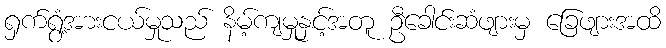
ရှက်ရွံ့အားငယ်မှုသည် နိမ့်ကျမှုနှင့်အတူ ဦခေါင်းဆံဖျားမှ ခြေဖျားအထိ